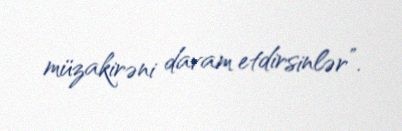
müzakirəni davam etdirsinlər”.